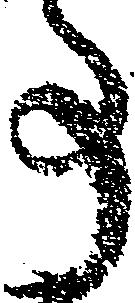
事